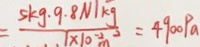
= \frac { s k g \cdot 9 . 8 N / k g } { 1 \times 1 0 ^ { - 2 } m ^ { 2 } } = 4 9 0 0 P a